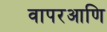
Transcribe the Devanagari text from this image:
वापरआणि